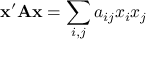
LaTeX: \mathbf { x } ^ { \prime } \mathbf { A } \mathbf { x } = \sum _ { i , j } a _ { i j } x _ { i } x _ { j }